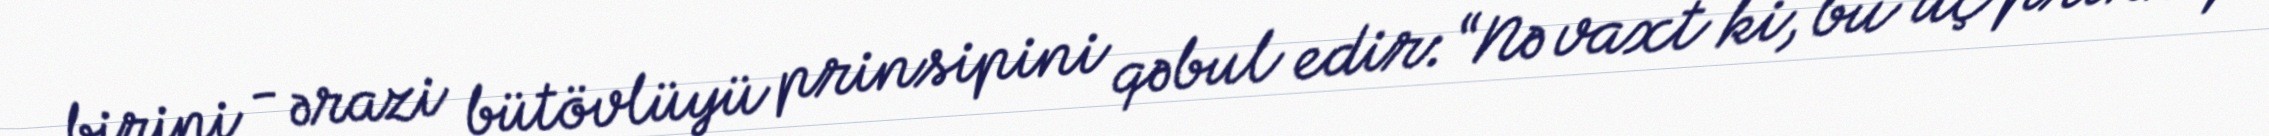
birini - ərazi bütövlüyü prinsipini qəbul edir: “Nə vaxt ki, bu üç prinsip